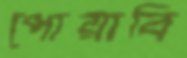
পোয়াবি